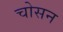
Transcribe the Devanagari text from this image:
चोसन